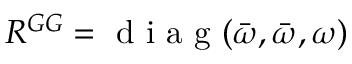
R ^ { G G } = \mathrm { ~ d ~ i ~ a ~ g ~ } ( \bar { \omega } , \bar { \omega } , \omega )